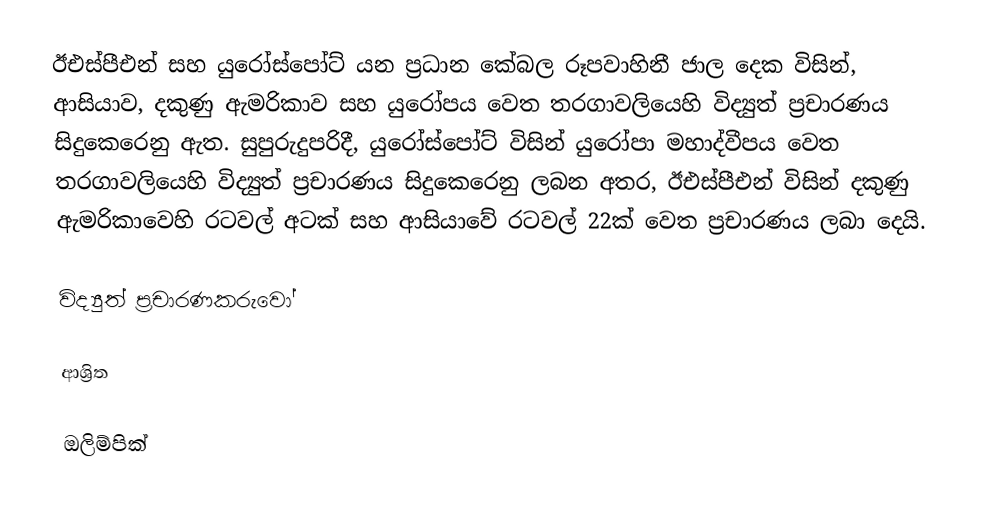
ඊඑස්පීඑන් සහ යුරෝස්පෝට් යන ප්‍රධාන කේබල රූපවාහිනී ජාල දෙක විසින්, ආසියාව, දකුණු ඇමරිකාව සහ යුරෝපය වෙත තරගාවලියෙහි විද්‍යුත් ප්‍රචාරණය සිදුකෙරෙනු ඇත. සුපුරුදුපරිදී, යුරෝස්පෝට් විසින් යුරෝපා මහාද්වීපය වෙත තරගාවලියෙහි විද්‍යුත් ප්‍රචාරණය සිදුකෙරෙනු ලබන අතර, ඊඑස්පීඑන් විසින් දකුණු ඇමරිකාවෙහි රටවල් අටක් සහ ආසියාවේ රටවල් 22ක් වෙත ප්‍රචාරණය ලබා දෙයි.

විද්‍යුත් ප්‍රචාරණකරුවෝ

ආශ්‍රිත

ඔලිම්පික්